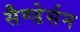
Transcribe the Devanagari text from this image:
सैण्डेर्सन